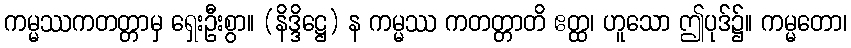
ကမ္မဿကတတ္တာမှ ရှေးဦးစွာ။ (နိဒ္ဒိဋ္ဌေ) န ကမ္မဿ ကတတ္တာတိ ဧတ္ထ၊ ဟူသော ဤပုဒ်၌။ ကမ္မတော၊